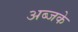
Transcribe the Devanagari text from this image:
अब्जके